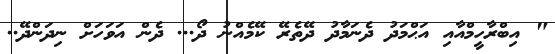
" އިބްރާހީމްއާއި އަޙްމަދު ދެނަމާދު ދޭތެރޭ ކޭމެއްނު ދޯ... ދެން އަވަހަށް ނިދަންދޭ..